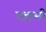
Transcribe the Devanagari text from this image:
पन्चमी